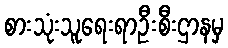
စားသုံးသူရေးရာဦးစီးဌာနမှ